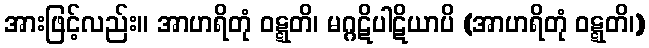
အားဖြင့်လည်း။ အာဟရိတုံ ဝဋ္ဋတိ၊ မဂ္ဂဋိပါဋိယာပိ (အာဟရိတုံ ဝဋ္ဋတိ၊)